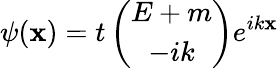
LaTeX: \psi(\mathbf{x})=t\left(\begin{array}{c}{{E+m}}\\ {{-ik}}\end{array}\right)e^{ik\mathbf{x}}